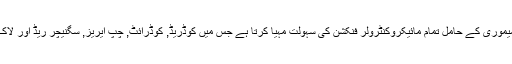
زیر نظر پروگرامر فلیش میموری کے حامل تمام مائیکروکنٹرولر فنکشن کی سہولت مہیا کرتا ہے جس میں کوڈریڈ, کوڈرائٹ, چپ ایریز, سگنیچر ریڈ اور لاک بٹ رائٹ فلیش شامل ہیں۔